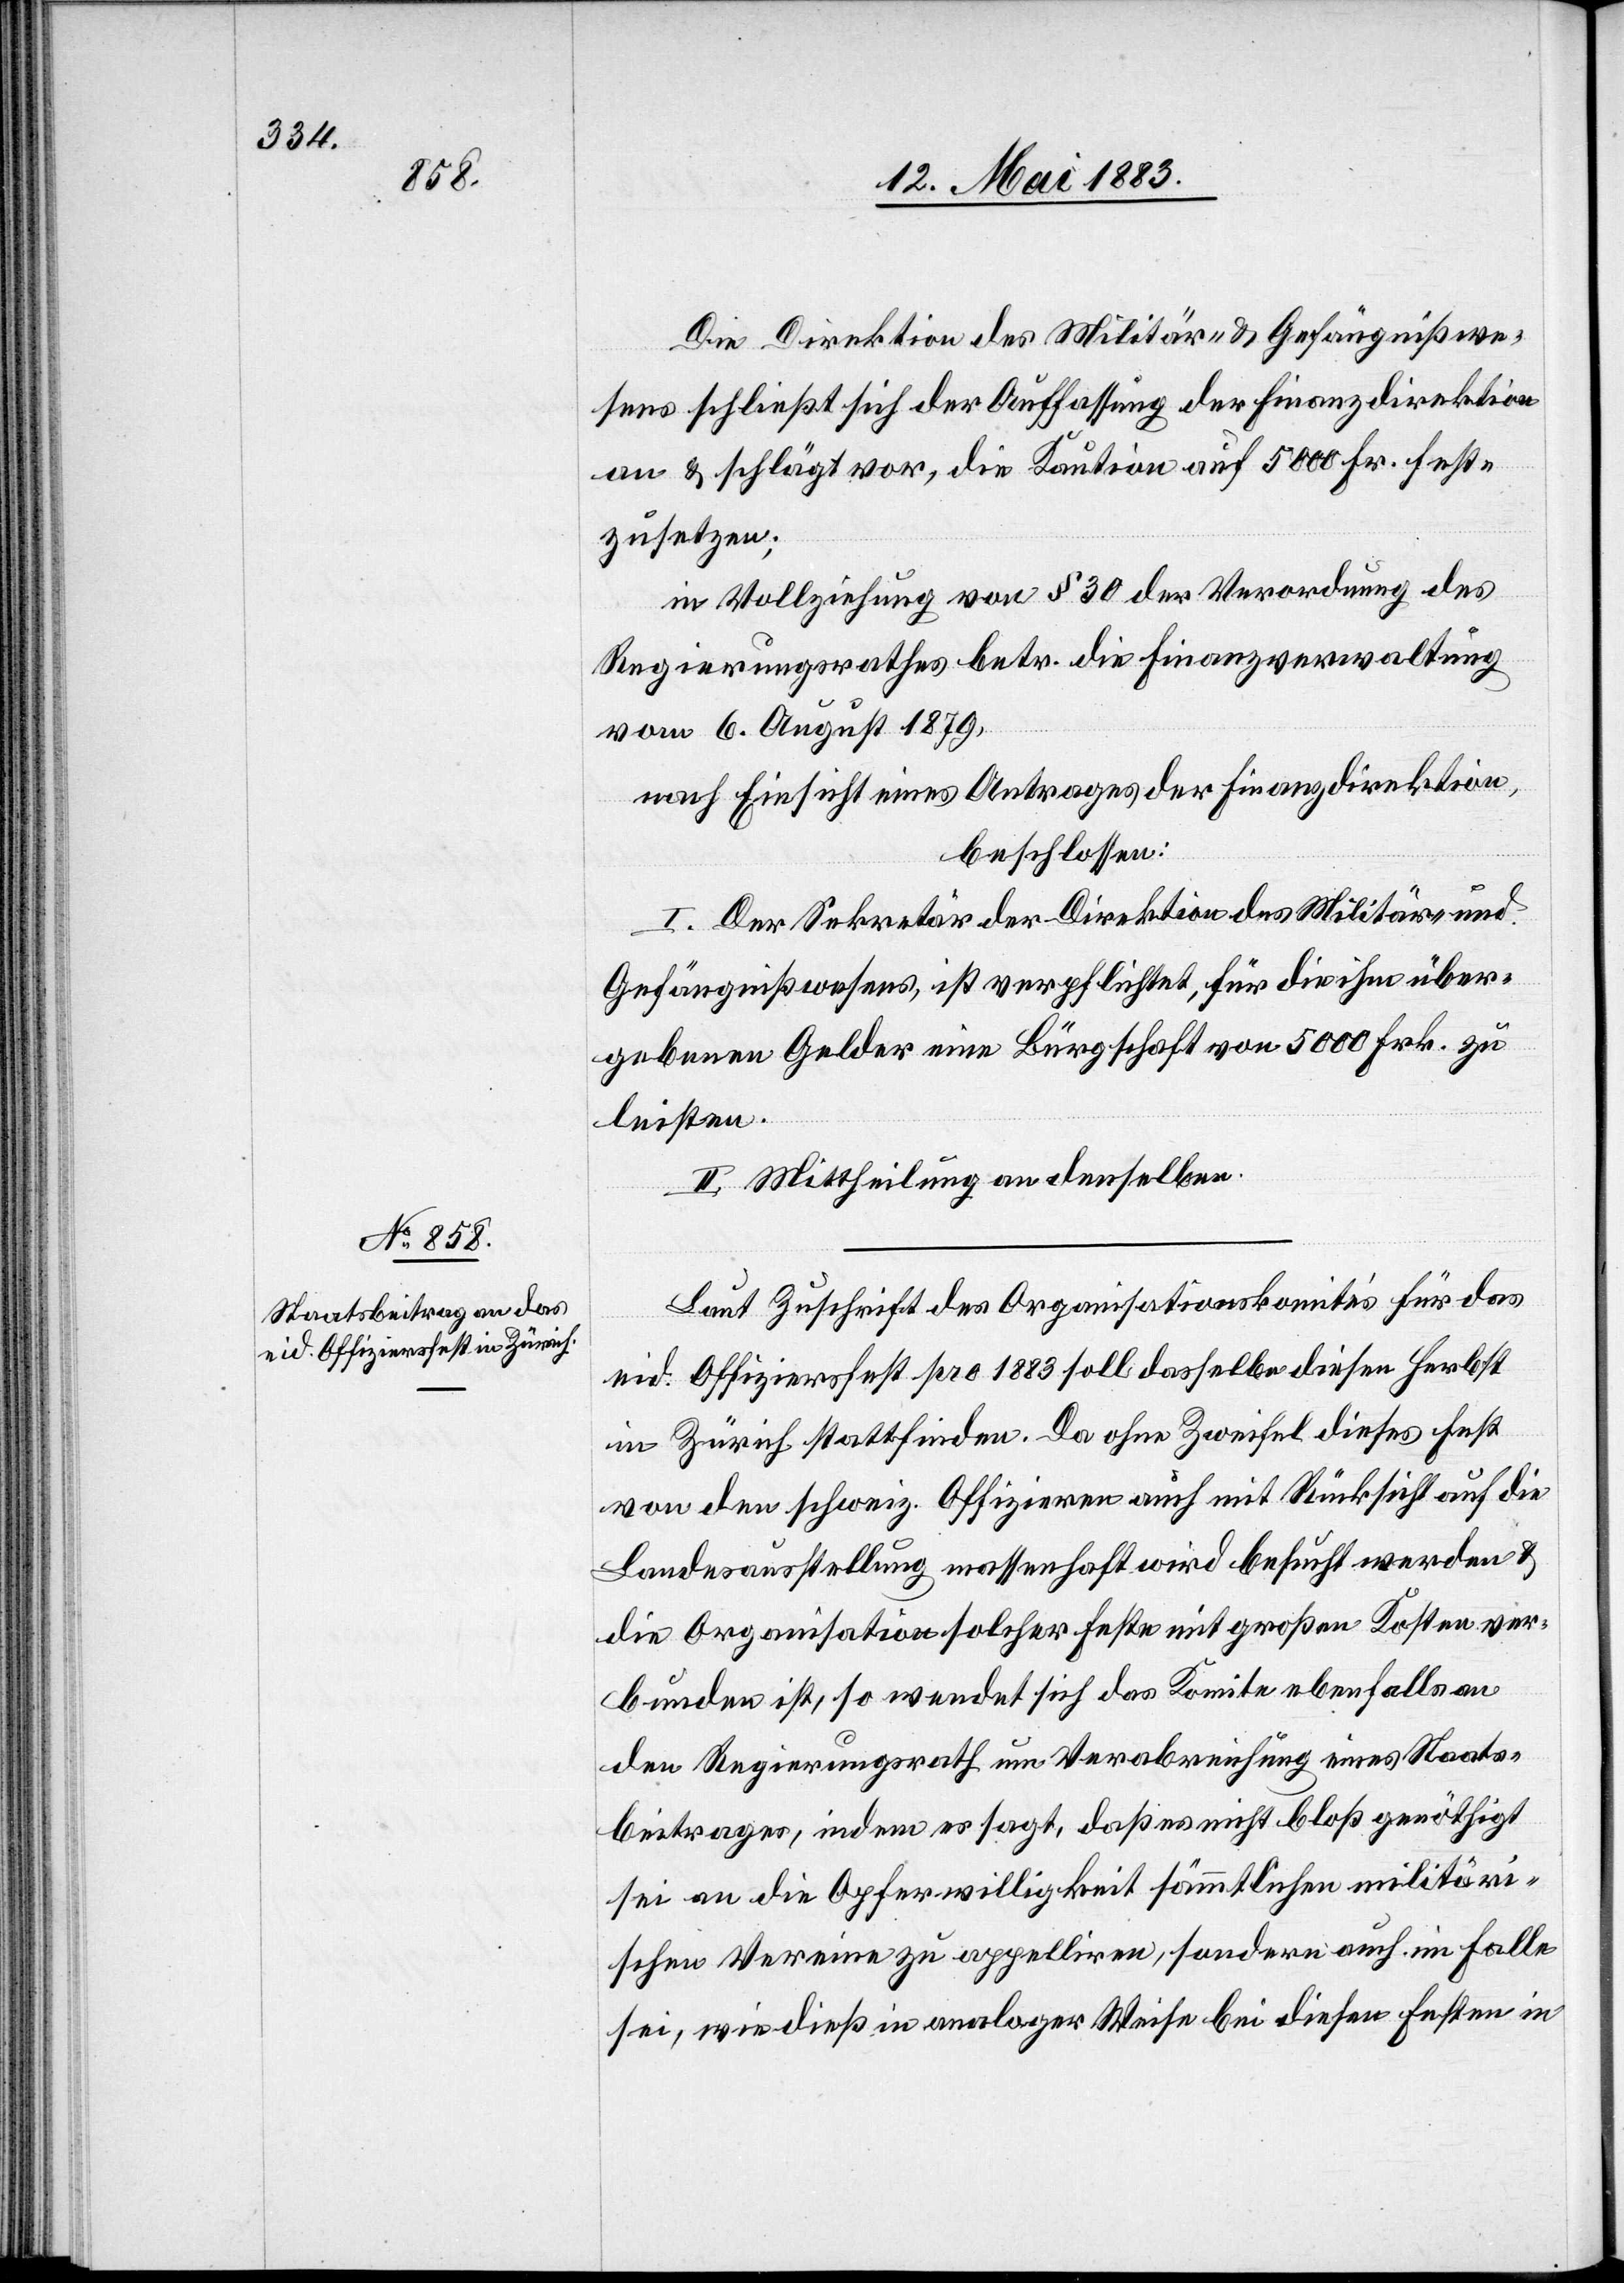
Die Direktion des Militär- & Gefängnißwe¬
sens schließt sich der Auffassung der Finanzdirektion
an & schlägt vor, die Kaution auf 5000 Fr. fest¬
zusetzen;
in Vollziehung von § 30 der Verordnung des
Regierungsrathes betr. die Finanzverwaltung
vom 6. August 1879,
nach Einsicht eines Antrages der Finanzdirektion,
beschlossen:
I. Der Sekretär der Direktion des Militär- und
Gefängnißwesens, ist verpflichtet, für die ihm über¬
gebenen Gelder eine Bürgschaft von 5000 Frk. zu
leisten.
II. Mittheilung an denselben.
Laut Zuschrift des Organisationskomites für das
eid. Offiziersfest pro 1883 soll dasselbe diesen Herbst
in Zürich stattfinden. Da ohne Zweifel dieses Fest
von der schweiz. Offizieren auch mit Rücksicht auf die
Landesausstellung massenhaft wird besucht werden &
die Organisation solcher Feste mit großen Kosten ver¬
bunden ist, so wendet sich das Komitee ebenfalls an
den Regierungsrath um Verabreichung eines Staats¬
beitrages, indem es sagt, daß es nicht bloß genöthigt
sei an die Opferwilligkeit sämmtlichen militäri¬
schen Vereine zu appelliren, [sic!] sondern auch im Falle
sei, wie dieß in analoger Weise bei diesen Festen in